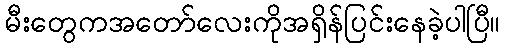
မီးတွေကအတော်လေးကိုအရှိန်ပြင်းနေခဲ့ပါပြီ။